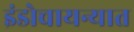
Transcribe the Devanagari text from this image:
इंडोचायन्यात